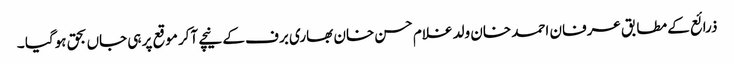
ذرائع کے مطابق عرفان احمد خان ولد غلام حسن خان بھاری برف کے نیچے آکر موقع پر ہی جاں بحق ہوگیا ۔